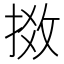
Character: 𢯧